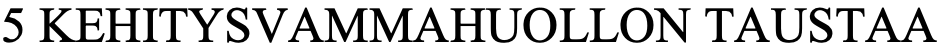
5 KEHITYSVAMMAHUOLLON  TAUSTAA